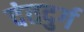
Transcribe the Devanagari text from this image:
दंतदुर्ग